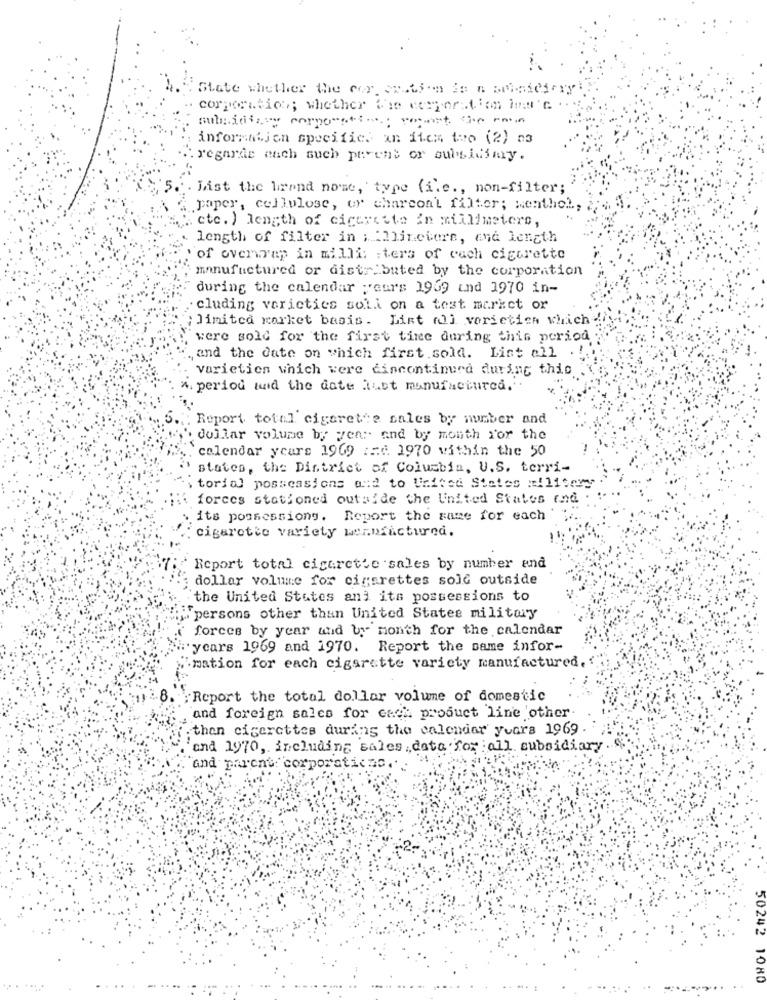
State whether the cer season in a subsidiary:
information specific. an item too (2) 03
.. regarde auch such perent or subsidimy.
. Jist the brand nome, type (ile ., non-filter;
paper, cellulose, or charcoa'l filter; Menthol,
ctc. ) length of cigarette in millimeters,
length of filter in : Mlinetere, and length
of overwrap in milli: : ters of cach cigarette
manufactured or distributed by the corporation
during the calendar :curs 1969 und 1970 in-
cluding varieties soll on a test market or
;Jinited xorket basis. Lint (j vorietica which
were sold for the first time during this period
,and the date on which first.sold. List all
varieties which were discontinued during this
4. period und the date Rust manufacturca."
Report total cigarette sales by number and
'. dollar volume by year and by month for the
calendar years 1969 := d. 1970 within the 50
states, the District of Columbia, U.S. terri-
torial possessions and to United States military
forces stationed outside the United States and .
its possessiong. Report the same for each
cigarette variety wennfactured.
Report total cigarette sales by number and
dollar volume for cigarettes sole outside
the United States and its possessions to
"persons other than United States military
forces by year und by month for the calendar
ycars 1969 and 1970. Report the same infor-
imation for each cigarette variety manufactured.
8. "Report the total dollar volume of domestic
and foreign sales for cach product line other
then cigarettes during the calendar yeara 1969
and 1970, including sales data for all subsidiary
and parent: corporations ...
50242
1080
.. .